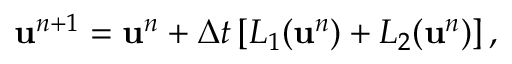
\mathbf { u } ^ { n + 1 } = \mathbf { u } ^ { n } + \Delta t \left[ L _ { 1 } ( \mathbf { u } ^ { n } ) + L _ { 2 } ( \mathbf { u } ^ { n } ) \right] ,